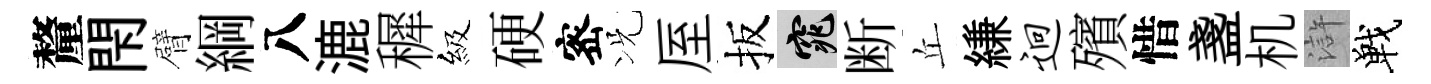
釐閇臂綱八漉穉級硬宻况厔扳窕断丘縑迥殯惜盞机滸戰